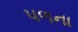
પળના